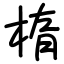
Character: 楕